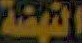
النهضة